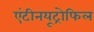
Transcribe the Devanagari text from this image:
एंटीनयूट्रोफिल